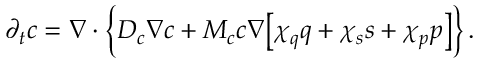
\partial _ { t } c = \boldsymbol \nabla \cdot \Bigl \{ D _ { c } \boldsymbol \nabla c + M _ { c } c \boldsymbol \nabla \bigl [ \chi _ { q } q + \chi _ { s } s + \chi _ { p } p \bigr ] \Bigr \} \, .